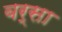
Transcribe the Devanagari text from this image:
बर्सा